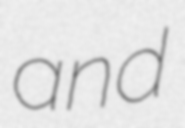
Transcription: and